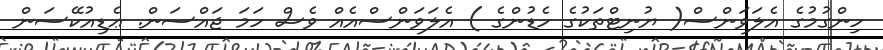
ހިންގުމުގެ އެލަވަންސް( ޔުނިޓްތަކުގެ ހެޑުންގެ ) އެލަވަންސްއެއް ވެސް ހަމަ ޖައްސަން. ޢެޑިއުކޭސަން